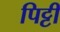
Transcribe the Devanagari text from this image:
पिट्टी